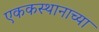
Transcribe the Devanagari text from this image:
एककस्थानाच्या